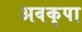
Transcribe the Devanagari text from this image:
अवकृपा